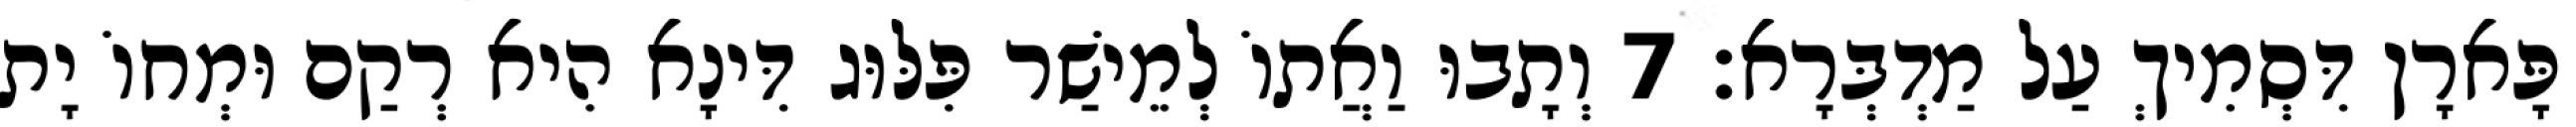
פָּארָן דִּסְמִיךְ עַל מַדְבְּרָא׃ 7 וְתָבוּ וַאֲתוֹ לְמֵישַׁר פִּלּוּג דִּינָא הִיא רְקַם וּמְחוֹ יָת